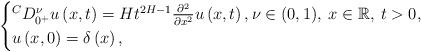
LaTeX: \begin{align*} \begin{cases} {}^C D^\nu_{0^+} u \left( x,t \right) = H t^{2H-1} \frac{\partial^2}{\partial x^2} u \left( x,t \right), \nu \in (0,1), \: x \in \mathbb{R}, \: t >0,\\ u \left( x,0 \right) = \delta \left( x \right), \end{cases} \end{align*}